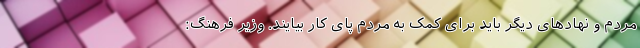
مردم و نهادهای دیگر باید برای کمک به مردم پای کار بیایند. وزیر فرهنگ: